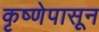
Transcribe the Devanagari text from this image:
कृष्णेपासून